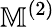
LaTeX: \mathbb{M}^{(2)}